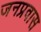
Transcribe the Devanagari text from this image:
जनप्रवास